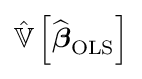
{\hat {\mathbb {V} }}\left[{\widehat {\boldsymbol {\beta }}}_{\mathrm {OLS} }\right]